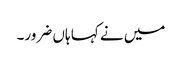
میں نے کہا ہاں ضرور۔